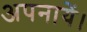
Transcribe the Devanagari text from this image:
अपनायें।